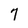
Character: 7